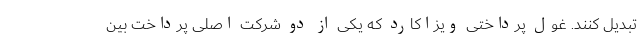
تبدیل کنند. غول پرداختی ویزاکارد که یکی از دو شرکت اصلی پرداخت بین